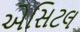
એસિટલ